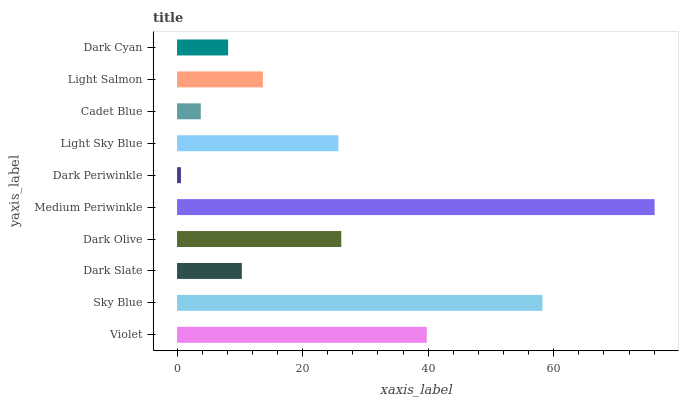
| yaxis_label | bars |
 | --- | --- |
 | Violet | 39.8 |
 | Sky Blue | 58.2 |
 | Dark Slate | 10.3 |
 | Dark Olive | 26.2 |
 | Medium Periwinkle | 76.1 |
 | Dark Periwinkle | 0.622 |
 | Light Sky Blue | 25.7 |
 | Cadet Blue | 3.78 |
 | Light Salmon | 13.7 |
 | Dark Cyan | 8.13 |